Vaccine operations Central Provinces & Berar 1922-1929 - 1922-1929
Year: 1922
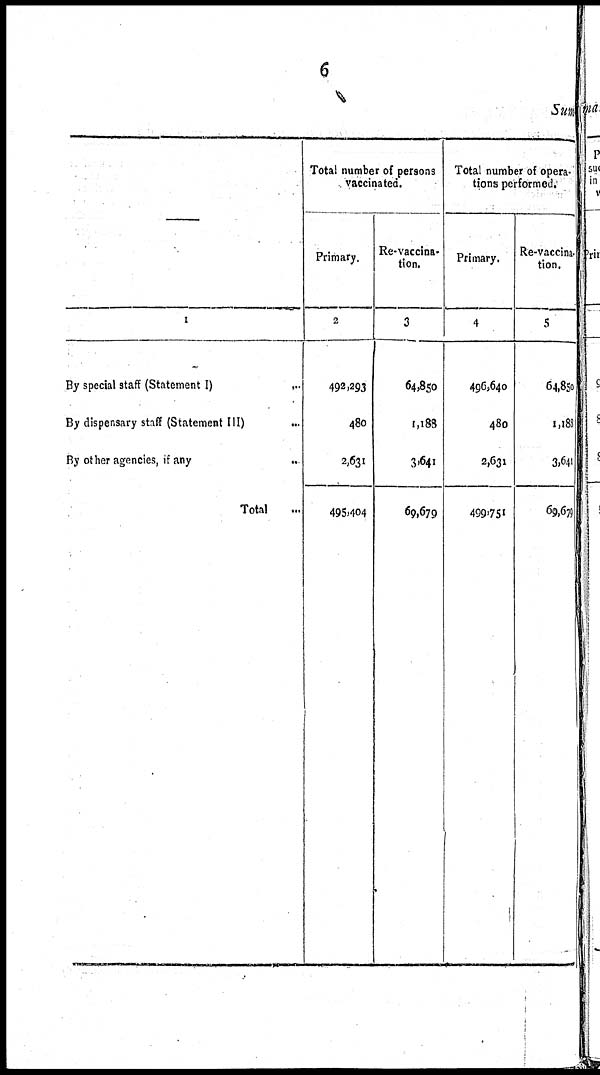
6
Sum
—
1
By special staff (Statement I)
...
By dispensary staff (Statement III) ...
By other agencies, if any
...
Total ...
Total number of persons
vaccinated.
Primary.
2
492,293
480
2,631
495,404
Re-vaccina-
tion.
3
64,850
1,188
3,641
69,679
Total number of opera-
tions performed.
Primary.
4
496,640
480
2,631
499,751
Re-vaccina-
tion.
5
64,850
1,188
3,641
69,679